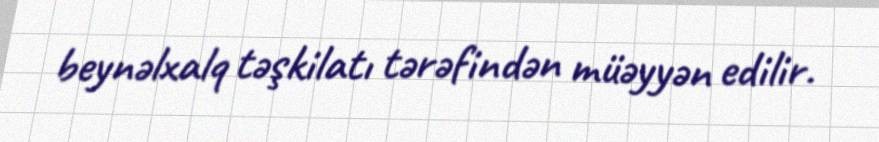
beynəlxalq təşkilatı tərəfindən müəyyən edilir.